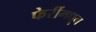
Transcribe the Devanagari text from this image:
फेरींमधून